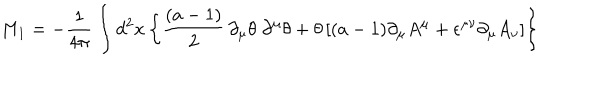
M _ { 1 } = - { \frac { 1 } { 4 \pi } } \int d ^ { 2 } x \left\lbrace { \frac { ( a - 1 ) } { 2 } } \, \partial _ { \mu } \theta \; \partial ^ { \mu } \theta + \theta \left\lbrack ( a - 1 ) \partial _ { \mu } A ^ { \mu } + \epsilon ^ { \mu \nu } \partial _ { \mu } A _ { \nu } \right\rbrack \right\rbrace